Report of the Indian Hemp Drugs Commission, 1894-1895 - Volume VI
Year: 1894
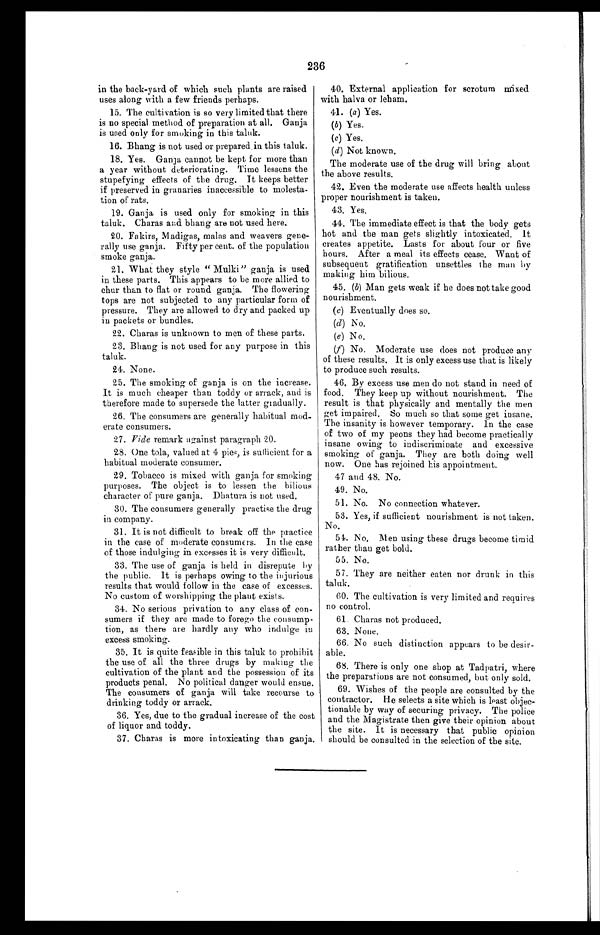
236
in the back-yard of which such plants are raised
uses along with a few friends perhaps.
15. The cultivation is so very limited that there
is no special method of preparation at all. Ganja
is used only for smoking in this taluk.
16. Bhang is not used or prepared, in this taluk.
18. Yes. Ganja cannot be kept for more than
a year without deteriorating. Time lessens the
stupefying effects of the drug. It keeps better
if preserved in granaries inaccessible to molesta-
tion of rats.
19. Ganja is used only for smoking in this
taluk. Charas and bhang are not used here.
20. Fakirs, Madigas, mains and weavers gene-
rally use ganja. Fifty per cent. of the population
smoke ganja.
21. What they style " Mulki" ganja is used
in these parts. This appears to be more allied to
chur than to flat or round ganja. The flowering
tops are not subjected to any particular form of
pressure. They are allowed to dry and packed up
in packets or bundles.
22. Charas is unknown to men of these parts.
23. Bhang is not used for any purpose in this
taluk.
24. None.
25. The smoking of ganja is on the increase.
It is much cheaper than toddy or arrack, and is
therefore made to supersede the latter gradually.
26. The consumers are generally habitual mod-
erate consumers.
27. Vide remark against paragraph 20.
28. One tola, valued at 4 pies, is sufficient for a
habitual moderate consumer.
29. Tobacco is mixed with ganja for smoking
purposes. The object is to lessen the bilious
character of pure ganja. Dhatura is not used.
30. The consumers generally practise the drug
in company.
31. It is not difficult to break off the practice
in the case of moderate consumers. In the case
of those indulging in excesses it is very difficult.
33. The use of ganja is held in disrepute by
the public. It is perhaps owing to the injurious
results that would follow in the case of excesses.
No custom of worshipping the plant exists.
34. No serious privation to any class of con-
sumers if they are made to forego the consump-
tion, as there are hardly any who indulge in
excess smoking.
35. It is quite feasible in this taluk to prohibit
the use of all the three drugs by making the
cultivation of the plant and the possession of its
products penal. No political danger would ensue,
The consumers of ganja will take recourse to
drinking toddy or arrack.
36. Yes, due to the gradual increase of the cost
of liquor and toddy.
37. Charas is more intoxicating than ganja.
40. External application for scrotum mixed
with halva or leham.
41. (a ) Yes.
(b) Yes.
(c) Yes.
(d)Not known.
The moderate use of the drug will bring about
the above results.
42. Even the moderate use affects health unless
proper nourishment is taken.
43. Yes.
44. The immediate effect is that the body gets
hot and the man gets slightly intoxicated. It
creates appetite. Lasts for about four or five
hours. After a meal its effects cease, Want of
subsequent gratification unsettles the man by
making him bilious.
45. ( b) Man gets weak if he does not take good
nourishment.
(c) Eventually does so.
(d ) No.
(e) No.
(f) No, Moderate use does not produce any
of these results, It is only excess use that is likely
to produce such results.
46. By excess use men do not stand in need of
food. They keep up without nourishment. The
result is that physically and mentally the men
get impaired. So much so that some get insane.
The insanity is however temporary. In the case
of two of my peons they had become practically
insane owing to indiscriminate and excessive
smoking of ganja. They are both doing well
now. One has rejoined his appointment.
47 and 48. No.
49. No.
51. No. No connection whatever.
53. Yes, if sufficient nourishment is not taken.
No.
54. No, Men using these drugs become timid
rather than get bold.
55. No.
57. They are neither eaten nor drunk in this
taluk.
60. The cultivation is very limited and requires
no control.
61. Charas not produced.
63. None.
66. No such distinction appears to be desir-
able.
68. There is only one shop at Tadpatri, where
the preparations are not consumed, but only sold.
69. Wishes of the people are consulted by the
contractor. He selects a site which is least objec-
tionable by way of securing privacy. The police
and the Magistrate then give their opinion about
the site. It is necessary that public opinion
, should be consulted in the selection of the site.